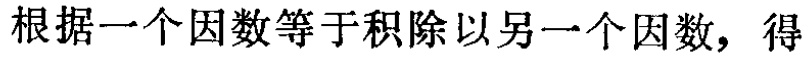
根据一个因数等于积除以另一个因数，得